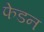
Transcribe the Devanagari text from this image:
फेडन